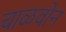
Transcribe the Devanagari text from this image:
चाळवोन